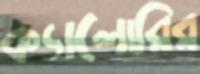
ক্যালোরির